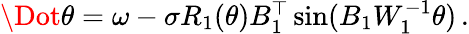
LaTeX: \begin{array}{r}{\Dot{\theta}=\omega-\sigma R_{1}(\theta)B_{1}^{\top}\sin(B_{1}W_{1}^{-1}\theta)\, .}\end{array}